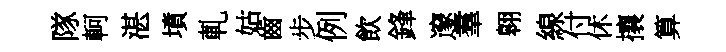
隊軻湛墳軋姑齒步例飲鋒邃羣翱線付休攘算